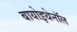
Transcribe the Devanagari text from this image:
बायोइथेनॉल